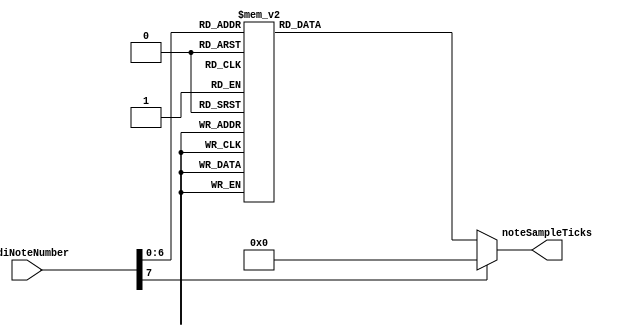
module MidiNoteNumberToSampleTicks(
	input [7:0] midiNoteNumber,
	output reg [23:0] noteSampleTicks
);

always @(midiNoteNumber)
begin
	case (midiNoteNumber)
		8'h00: noteSampleTicks <= 24'd23889;  // 0
		8'h01: noteSampleTicks <= 24'd22548;  // 1
		8'h02: noteSampleTicks <= 24'd21282;  // 2
		8'h03: noteSampleTicks <= 24'd20088;  // 3
		8'h04: noteSampleTicks <= 24'd18960;  // 4
		8'h05: noteSampleTicks <= 24'd17896;  // 5
		8'h06: noteSampleTicks <= 24'd16892;  // 6
		8'h07: noteSampleTicks <= 24'd15944;  // 7
		8'h08: noteSampleTicks <= 24'd15049;  // 8
		8'h09: noteSampleTicks <= 24'd14204;  // 9
		8'h0A: noteSampleTicks <= 24'd13407;  // 10
		8'h0B: noteSampleTicks <= 24'd12654;  // 11
		8'h0C: noteSampleTicks <= 24'd11944;  // 12
		8'h0D: noteSampleTicks <= 24'd11274;  // 13
		8'h0E: noteSampleTicks <= 24'd10641;  // 14
		8'h0F: noteSampleTicks <= 24'd10044;  // 15
		8'h10: noteSampleTicks <= 24'd9480;  // 16
		8'h11: noteSampleTicks <= 24'd8948;  // 17
		8'h12: noteSampleTicks <= 24'd8446;  // 18
		8'h13: noteSampleTicks <= 24'd7972;  // 19
		8'h14: noteSampleTicks <= 24'd7524;  // 20
		8'h15: noteSampleTicks <= 24'd7102;  // 21
		8'h16: noteSampleTicks <= 24'd6703;  // 22
		8'h17: noteSampleTicks <= 24'd6327;  // 23
		8'h18: noteSampleTicks <= 24'd5972;  // 24
		8'h19: noteSampleTicks <= 24'd5637;  // 25
		8'h1A: noteSampleTicks <= 24'd5320;  // 26
		8'h1B: noteSampleTicks <= 24'd5022;  // 27
		8'h1C: noteSampleTicks <= 24'd4740;  // 28
		8'h1D: noteSampleTicks <= 24'd4474;  // 29
		8'h1E: noteSampleTicks <= 24'd4223;  // 30
		8'h1F: noteSampleTicks <= 24'd3986;  // 31
		8'h20: noteSampleTicks <= 24'd3762;  // 32
		8'h21: noteSampleTicks <= 24'd3551;  // 33
		8'h22: noteSampleTicks <= 24'd3351;  // 34
		8'h23: noteSampleTicks <= 24'd3163;  // 35
		8'h24: noteSampleTicks <= 24'd2986;  // 36
		8'h25: noteSampleTicks <= 24'd2818;  // 37
		8'h26: noteSampleTicks <= 24'd2660;  // 38
		8'h27: noteSampleTicks <= 24'd2511;  // 39
		8'h28: noteSampleTicks <= 24'd2370;  // 40
		8'h29: noteSampleTicks <= 24'd2237;  // 41
		8'h2A: noteSampleTicks <= 24'd2111;  // 42
		8'h2B: noteSampleTicks <= 24'd1993;  // 43
		8'h2C: noteSampleTicks <= 24'd1881;  // 44
		8'h2D: noteSampleTicks <= 24'd1775;  // 45
		8'h2E: noteSampleTicks <= 24'd1675;  // 46
		8'h2F: noteSampleTicks <= 24'd1581;  // 47
		8'h30: noteSampleTicks <= 24'd1493;  // 48
		8'h31: noteSampleTicks <= 24'd1409;  // 49
		8'h32: noteSampleTicks <= 24'd1330;  // 50
		8'h33: noteSampleTicks <= 24'd1255;  // 51
		8'h34: noteSampleTicks <= 24'd1185;  // 52
		8'h35: noteSampleTicks <= 24'd1118;  // 53
		8'h36: noteSampleTicks <= 24'd1055;  // 54
		8'h37: noteSampleTicks <= 24'd996;  // 55
		8'h38: noteSampleTicks <= 24'd940;  // 56
		8'h39: noteSampleTicks <= 24'd887;  // 57
		8'h3A: noteSampleTicks <= 24'd837;  // 58
		8'h3B: noteSampleTicks <= 24'd790;  // 59
		8'h3C: noteSampleTicks <= 24'd746;  // 60
		8'h3D: noteSampleTicks <= 24'd704;  // 61
		8'h3E: noteSampleTicks <= 24'd665;  // 62
		8'h3F: noteSampleTicks <= 24'd627;  // 63
		8'h40: noteSampleTicks <= 24'd592;  // 64
		8'h41: noteSampleTicks <= 24'd559;  // 65
		8'h42: noteSampleTicks <= 24'd527;  // 66
		8'h43: noteSampleTicks <= 24'd498;  // 67
		8'h44: noteSampleTicks <= 24'd470;  // 68
		8'h45: noteSampleTicks <= 24'd443;  // 69
		8'h46: noteSampleTicks <= 24'd418;  // 70
		8'h47: noteSampleTicks <= 24'd395;  // 71
		8'h48: noteSampleTicks <= 24'd373;  // 72
		8'h49: noteSampleTicks <= 24'd352;  // 73
		8'h4A: noteSampleTicks <= 24'd332;  // 74
		8'h4B: noteSampleTicks <= 24'd313;  // 75
		8'h4C: noteSampleTicks <= 24'd296;  // 76
		8'h4D: noteSampleTicks <= 24'd279;  // 77
		8'h4E: noteSampleTicks <= 24'd263;  // 78
		8'h4F: noteSampleTicks <= 24'd249;  // 79
		8'h50: noteSampleTicks <= 24'd235;  // 80
		8'h51: noteSampleTicks <= 24'd221;  // 81
		8'h52: noteSampleTicks <= 24'd209;  // 82
		8'h53: noteSampleTicks <= 24'd197;  // 83
		8'h54: noteSampleTicks <= 24'd186;  // 84
		8'h55: noteSampleTicks <= 24'd176;  // 85
		8'h56: noteSampleTicks <= 24'd166;  // 86
		8'h57: noteSampleTicks <= 24'd156;  // 87
		8'h58: noteSampleTicks <= 24'd148;  // 88
		8'h59: noteSampleTicks <= 24'd139;  // 89
		8'h5A: noteSampleTicks <= 24'd131;  // 90
		8'h5B: noteSampleTicks <= 24'd124;  // 91
		8'h5C: noteSampleTicks <= 24'd117;  // 92
		8'h5D: noteSampleTicks <= 24'd110;  // 93
		8'h5E: noteSampleTicks <= 24'd104;  // 94
		8'h5F: noteSampleTicks <= 24'd98;  // 95
		8'h60: noteSampleTicks <= 24'd93;  // 96
		8'h61: noteSampleTicks <= 24'd88;  // 97
		8'h62: noteSampleTicks <= 24'd83;  // 98
		8'h63: noteSampleTicks <= 24'd78;  // 99
		8'h64: noteSampleTicks <= 24'd74;  // 100
		8'h65: noteSampleTicks <= 24'd69;  // 101
		8'h66: noteSampleTicks <= 24'd65;  // 102
		8'h67: noteSampleTicks <= 24'd62;  // 103
		8'h68: noteSampleTicks <= 24'd58;  // 104
		8'h69: noteSampleTicks <= 24'd55;  // 105
		8'h6A: noteSampleTicks <= 24'd52;  // 106
		8'h6B: noteSampleTicks <= 24'd49;  // 107
		8'h6C: noteSampleTicks <= 24'd46;  // 108
		8'h6D: noteSampleTicks <= 24'd44;  // 109
		8'h6E: noteSampleTicks <= 24'd41;  // 110
		8'h6F: noteSampleTicks <= 24'd39;  // 111
		8'h70: noteSampleTicks <= 24'd37;  // 112
		8'h71: noteSampleTicks <= 24'd34;  // 113
		8'h72: noteSampleTicks <= 24'd32;  // 114
		8'h73: noteSampleTicks <= 24'd31;  // 115
		8'h74: noteSampleTicks <= 24'd29;  // 116
		8'h75: noteSampleTicks <= 24'd27;  // 117
		8'h76: noteSampleTicks <= 24'd26;  // 118
		8'h77: noteSampleTicks <= 24'd24;  // 119
		8'h78: noteSampleTicks <= 24'd23;  // 120
		8'h79: noteSampleTicks <= 24'd22;  // 121
		8'h7A: noteSampleTicks <= 24'd20;  // 122
		8'h7B: noteSampleTicks <= 24'd19;  // 123
		8'h7C: noteSampleTicks <= 24'd18;  // 124
		8'h7D: noteSampleTicks <= 24'd17;  // 125
		8'h7E: noteSampleTicks <= 24'd16;  // 126
		8'h7F: noteSampleTicks <= 24'd15;  // 127

		default: noteSampleTicks <= 0;
	endcase
end

endmodule